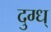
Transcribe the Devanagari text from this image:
दुग्ध्